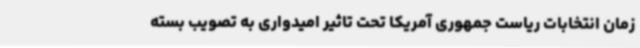
زمان انتخابات ریاست جمهوری آمریکا تحت تاثیر امیدواری به تصویب بسته